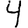
Digit: 4